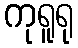
ကုရူရု